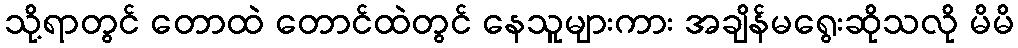
သို့ရာတွင် တောထဲ တောင်ထဲတွင် နေသူများကား အချိန်မရွေးဆိုသလို မိမိ